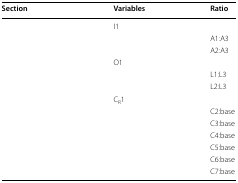
<table><thead><tr><td><b>Section</b></td><td><b>Variables</b></td><td><b>Ratio</b></td></tr></thead><tbody><tr><td rowspan="3">[EMPTY_CELL]</td><td>I1</td><td>[EMPTY_CELL]</td></tr><tr><td>[EMPTY_CELL]</td><td>A1:A3</td></tr><tr><td>[EMPTY_CELL]</td><td>A2:A3</td></tr><tr><td rowspan="3">[EMPTY_CELL]</td><td>O1</td><td>[EMPTY_CELL]</td></tr><tr><td>[EMPTY_CELL]</td><td>L1:L3</td></tr><tr><td>[EMPTY_CELL]</td><td>L2:L3</td></tr><tr><td rowspan="7">[EMPTY_CELL]</td><td>C<sub>R</sub>1</td><td>[EMPTY_CELL]</td></tr><tr><td>[EMPTY_CELL]</td><td>C2:base</td></tr><tr><td>[EMPTY_CELL]</td><td>C3:base</td></tr><tr><td>[EMPTY_CELL]</td><td>C4:base</td></tr><tr><td>[EMPTY_CELL]</td><td>C5:base</td></tr><tr><td>[EMPTY_CELL]</td><td>C6:base</td></tr><tr><td>[EMPTY_CELL]</td><td>C7:base</td></tr></tbody></table>